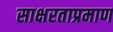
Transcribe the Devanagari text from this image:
साक्षरताप्रमाण